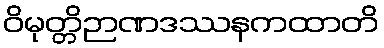
ဝိမုတ္တိဉာဏဒဿနကထာတိ